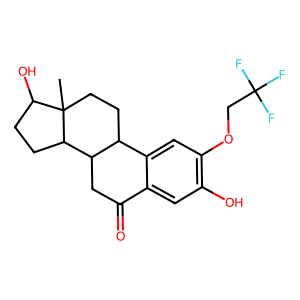
SMILES: CC12CCC3c4cc(OCC(F)(F)F)c(O)cc4C(=O)CC3C1CCC2O
Inhibits HIV replication: No